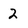
Character: 2